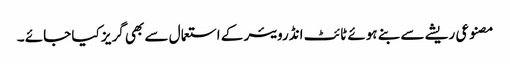
مصنوعی ریشے سے بنے ہوئے ٹائٹ انڈرویئر کے استعما ل سے بھی گریز کیا جائے ۔